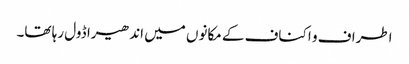
اطراف و اکناف کے مکانوں میں اندھیرا ڈول رہا تھا۔